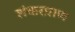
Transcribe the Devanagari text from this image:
शंकरप्राण